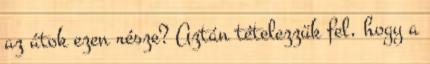
az átok ezen része? Aztán tételezzük fel, hogy a